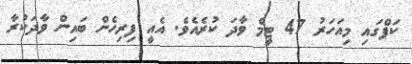
ކަޕްގައި މިއަހަރު 47 ޓީމް ވާދަ ކުރެއެވެ. އެއީ ފިރިހެން ބައިން ވާދަކުރާ